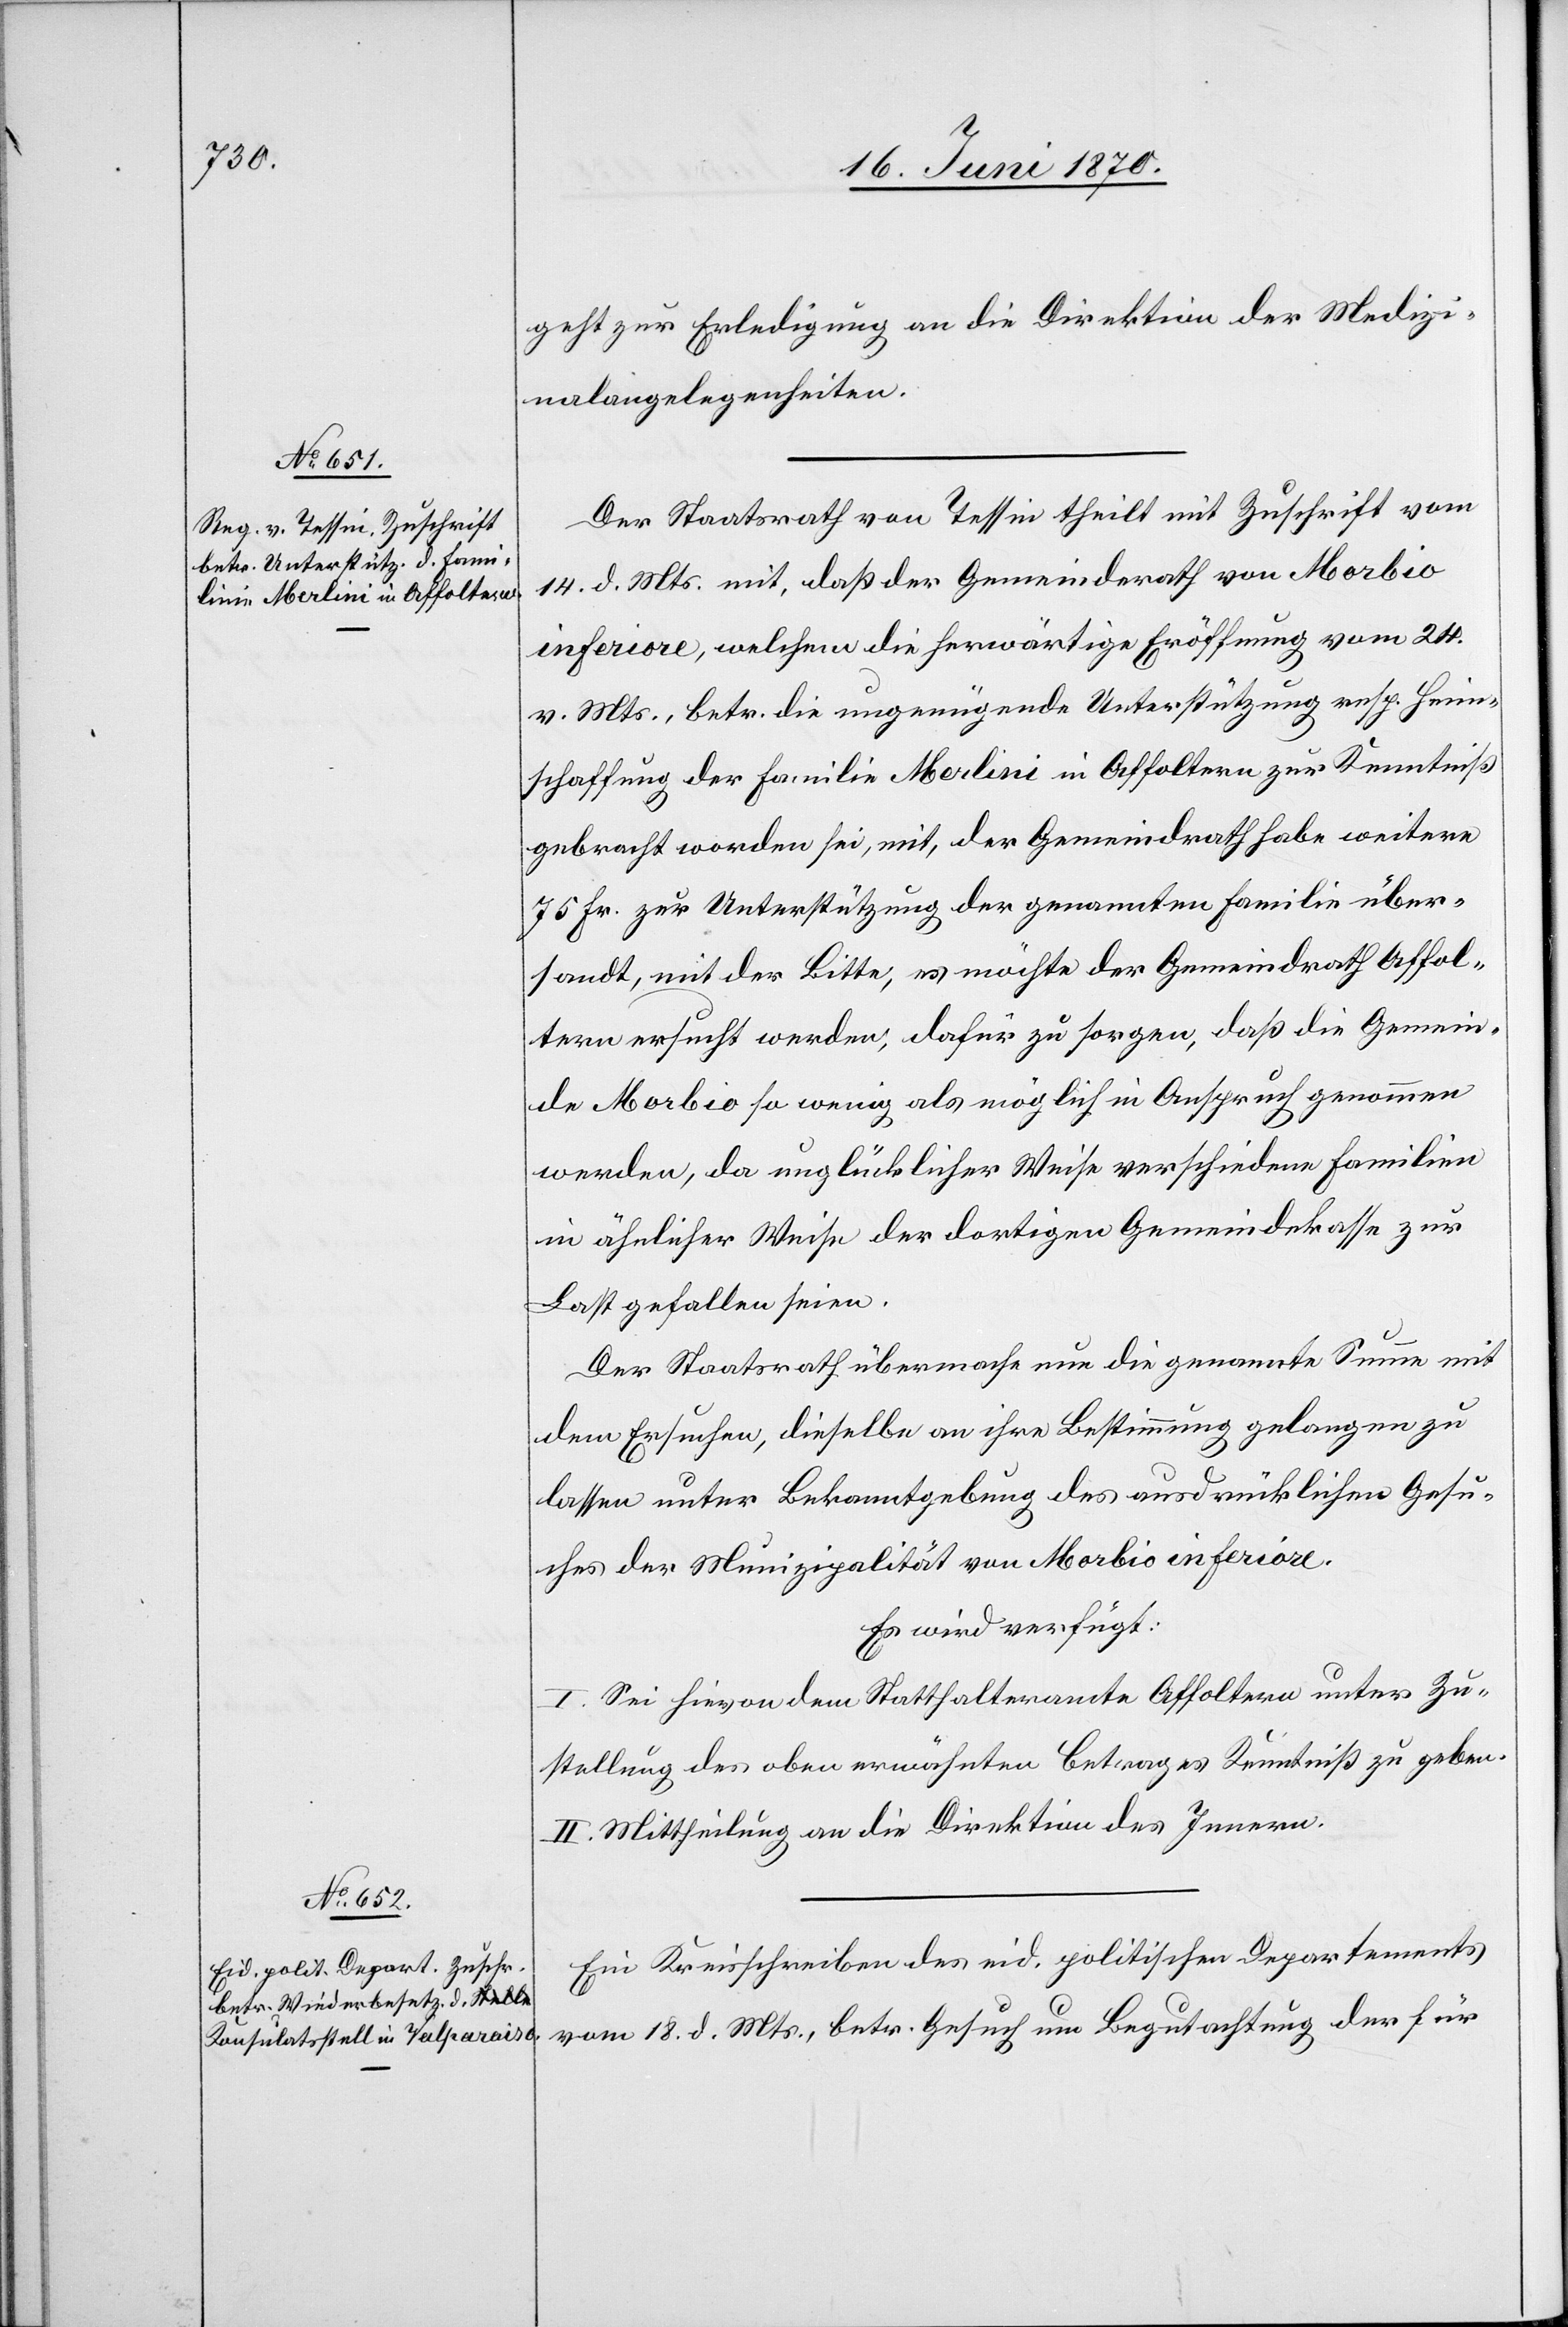
20. Juni 1870.]
geht zur Erledigung an die Direktion der Medizi¬
nalangelegenheiten.
Der Staatsrath von Tessin theilt mit Zuschrift vom
14. d. Mts. mit, daß der Gemeindrath von Morbio
inferiore, welchem die herwärtige Eröffnung vom 24.
v. Mts., betr. die ungenügende Unterstützung resp. Heim¬
schaffung der Familie Merlini in Affoltern zur Kenntniß
gebracht worden sei, mit, der Gemeindrath habe weitere
75 Fr. zur Unterstützung der genannten Familie über¬
sandt, mit der Bitte, es möchte der Gemeindrath Affol¬
tern ersucht werden, dafür zu sorgen, daß die Gemein¬
de Morbio so wenig als möglich in Anspruch genommen
werden [sic!], da unglücklicher Weise verschiedene Familien
in ähnlicher Weise der dortigen Gemeindekasse zur
Last gefallen seien.
Der Staatsrath übermache nun die genannte Summe mit
dem Ersuchen, dieselbe an ihre Bestimmung gelangen zu
lassen unter Bekanntgebung des ausdrücklichen Gesu¬
ches der Munizipalität von Morbio inferiore.
Es wird verfügt:
I. Sei hievon dem Statthalteramte Affoltern unter Zu¬
stellung des oben erwähnten Betrages Kenntniß zu geben.
II. Mittheilung an die Direktion des Innern.
Ein Kreisschreiben des eid. politischen Departements
vom 18. d. Mts., betr. Gesuch um Begutachtung der für